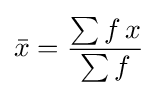
{\bar {x}}={\frac {\sum {f\,x}}{\sum {f}}}